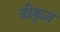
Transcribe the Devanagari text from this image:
डीक्रुज़